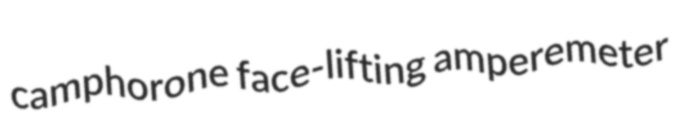
camphorone face-lifting amperemeter